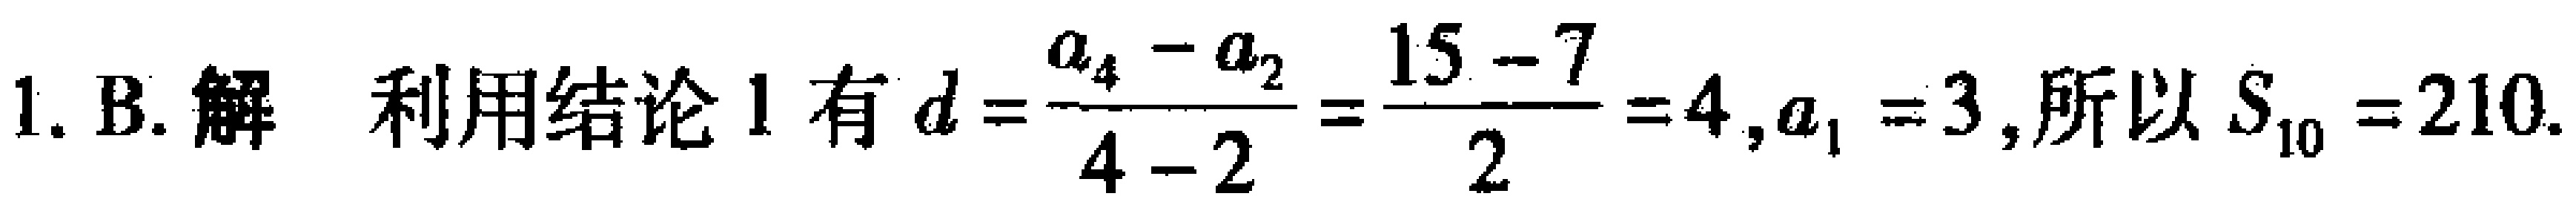
1. B. 解 利用结论 1 有 \(d = \frac{a_{4}-a_{2}}{4 - 2}=\frac{15 - 7}{2}=4,a_{1}=3\),所以 \(S_{10}=210\).